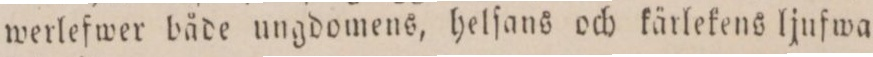
werlefwer bäde ungdomens, helſans och kärlekens ljufwa